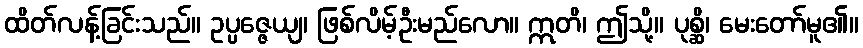
ထိတ်လန့်ခြင်းသည်။ ဥပ္ပဇ္ဇေယျ၊ ဖြစ်လိမ့်ဦးမည်လော။ ဣတိ၊ ဤသို့။ ပုစ္ဆိ၊ မေးတော်မူ၏။